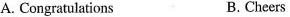
A. Congratulations B. Cheers